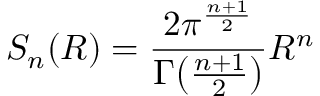
S _ { n } ( R ) = { \frac { 2 \pi ^ { \frac { n + 1 } { 2 } } } { \Gamma { \big ( } { \frac { n + 1 } { 2 } } { \big ) } } } R ^ { n }